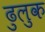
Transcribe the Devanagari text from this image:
ढुलुक